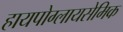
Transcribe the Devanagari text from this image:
हायपोग्लायसेमिक